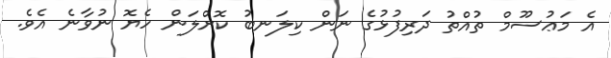
އެ މަޢުސޫމް ތުއްތު ދަރިފުޅުގެ ނަން ކިލަނބު ކޮށްލަން ހެޔޮ ނުވާނެ އެވެ.